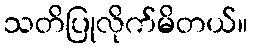
သတိပြုလိုက်မိတယ်။